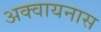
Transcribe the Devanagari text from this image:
अक्वायनास